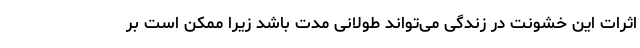
اثرات این خشونت در زندگی می‌تواند طولانی مدت باشد زیرا ممکن است بر